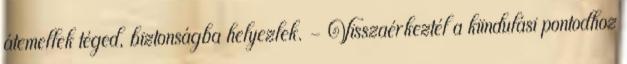
átemellek téged, biztonságba helyezlek. - Visszaérkeztél a kiindulási pontodhoz